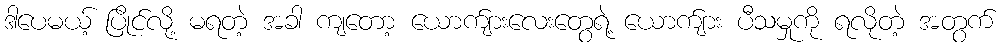
ဒါပေမယ့် ပြိုင်လို့ မရတဲ့ အခါ ကျတော့ ယောက်ျားလေးတွေရဲ့ ယောက်ျား ပီသမှုကို ရလိုတဲ့ အတွက်